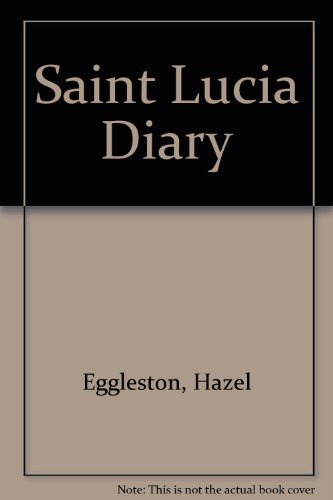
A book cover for Saint Lucia Diary; Hazel Eggleston; Travel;